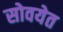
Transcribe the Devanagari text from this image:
सोवयेत